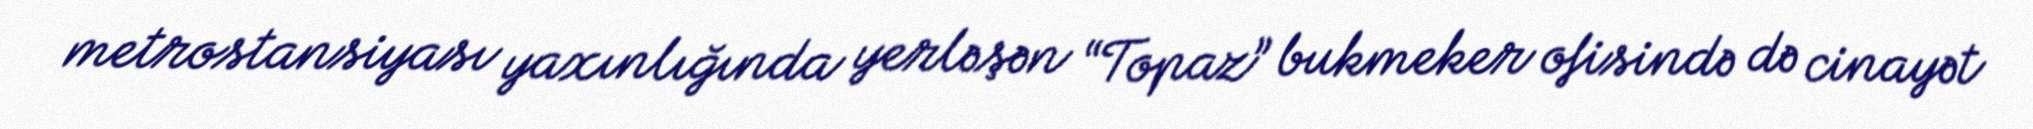
metrostansiyası yaxınlığında yerləşən “Topaz” bukmeker ofisində də cinayət